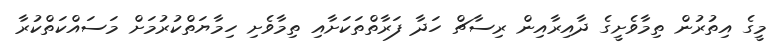
މީގެ އިތުރުން ތިމާވެށީގެ ދާއިރާއިން ރިސާޗް ހަދާ ފަރާތްތަކަށާއި ތިމާވެށި ހިމާޔަތްކުރުމަށް މަސައްކަތްކުރާ